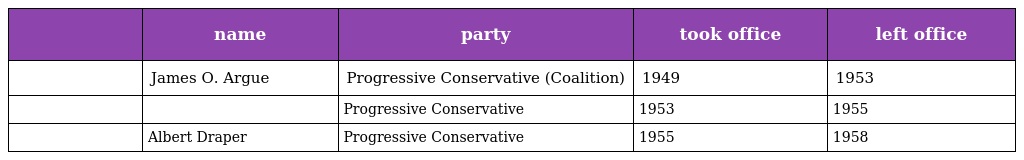
|  | name | party | took office | left office |
 | --- | --- | --- | --- | --- |
 |  | James O. Argue | Progressive Conservative (Coalition) | 1949 | 1953 |
 |  |  | Progressive Conservative | 1953 | 1955 |
 |  | Albert Draper | Progressive Conservative | 1955 | 1958 |